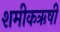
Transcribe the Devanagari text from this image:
शमीकऋषी